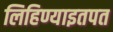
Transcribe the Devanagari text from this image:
लिहिण्याइतपत